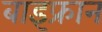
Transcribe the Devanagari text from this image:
बाइफ्रान